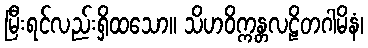
မြီးရင်လည်းရှိထသော။ သိဟဝိက္ကန္တလဠိတဂါမိနံ၊